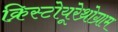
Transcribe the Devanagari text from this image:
क्रिस्टोयूरेथ्रोग्राम